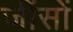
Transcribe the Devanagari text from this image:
जींसों